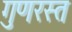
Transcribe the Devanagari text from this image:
गुणरस्त